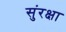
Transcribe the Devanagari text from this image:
सुंरक्षा